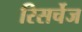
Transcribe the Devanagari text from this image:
रिसर्चेज